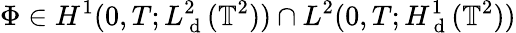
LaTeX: \Phi\in H^{1}(0,T;L_{\mathrm{~d~}}^{2}(\mathbb{T}^{2}))\cap L^{2}(0,T;H_{\mathrm{~d~}}^{1}(\mathbb{T}^{2}))